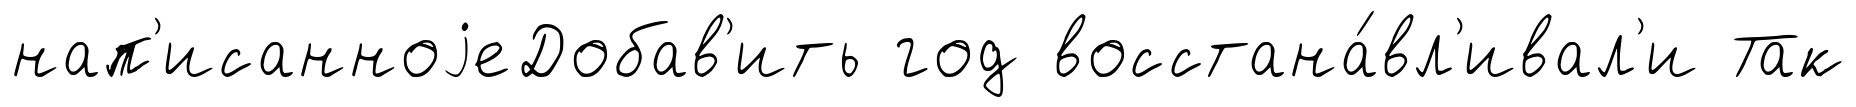
нап'исанноjеДобав'ить год восстана́вл'ивал'и Так